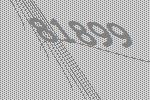
81899